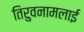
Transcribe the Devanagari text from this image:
तिरुवनामलाई